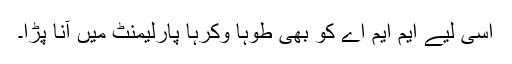
اِسی لیے ایم ایم اے کو بھی طوہاََ وکرہاََ پارلیمنٹ میں آنا پڑا۔